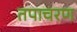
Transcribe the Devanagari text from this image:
तपाचरण